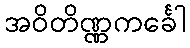
အဝိတိဏ္ဏကင်္ခေါ